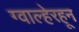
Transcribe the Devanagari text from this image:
ग्वाल्हेरहून